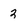
Character: 3